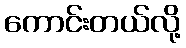
ကောင်းတယ်လို့